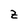
Character: z